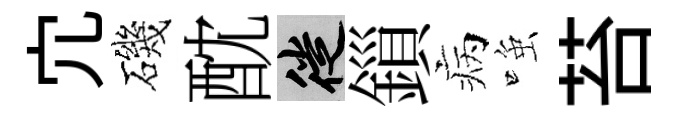
宂磯酖徙鎻病𫪻苔